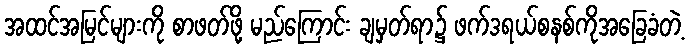
အထင်အမြင်များကို စာဖတ်ဖို့ မည်ကြောင်း ချမှတ်ရာ၌ ဖက်ဒရယ်စနစ်ကိုအခြေခံတဲ့